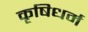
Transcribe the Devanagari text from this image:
कृषिधर्म